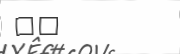
٦٦